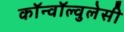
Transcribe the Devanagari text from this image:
कॉन्वॉल्वुलेसी